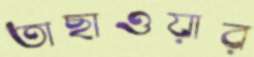
তাছাওয়ার